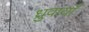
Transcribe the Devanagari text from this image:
ध्रुवायाँ